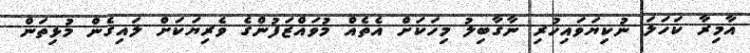
އާމިރާ ކަހަލަ ނުކިޔަވައިހުރި ނާގާބިލު މިހަކަށް އެތެއް މުވައްޒަފުންގެ ވެރިޔަކަށް ލައިގެން މުޅިތަން